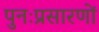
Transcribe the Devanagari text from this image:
पुनःप्रसारणों